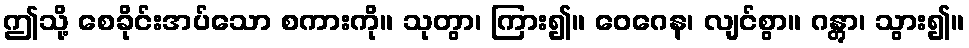
ဤသို့ စေခိုင်းအပ်သော စကားကို။ သုတွာ၊ ကြား၍။ ဝေဂေန၊ လျင်စွာ။ ဂန္တွာ၊ သွား၍။